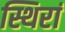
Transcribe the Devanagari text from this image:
स्थिरां